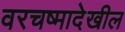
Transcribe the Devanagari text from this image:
वरचष्मादेखील